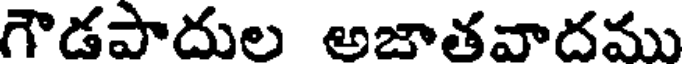
గౌడపాదుల అజాతవాదము